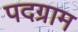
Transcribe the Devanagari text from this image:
पदग्राम